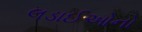
લડાઈઓનો